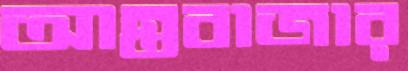
আন্তবাজার